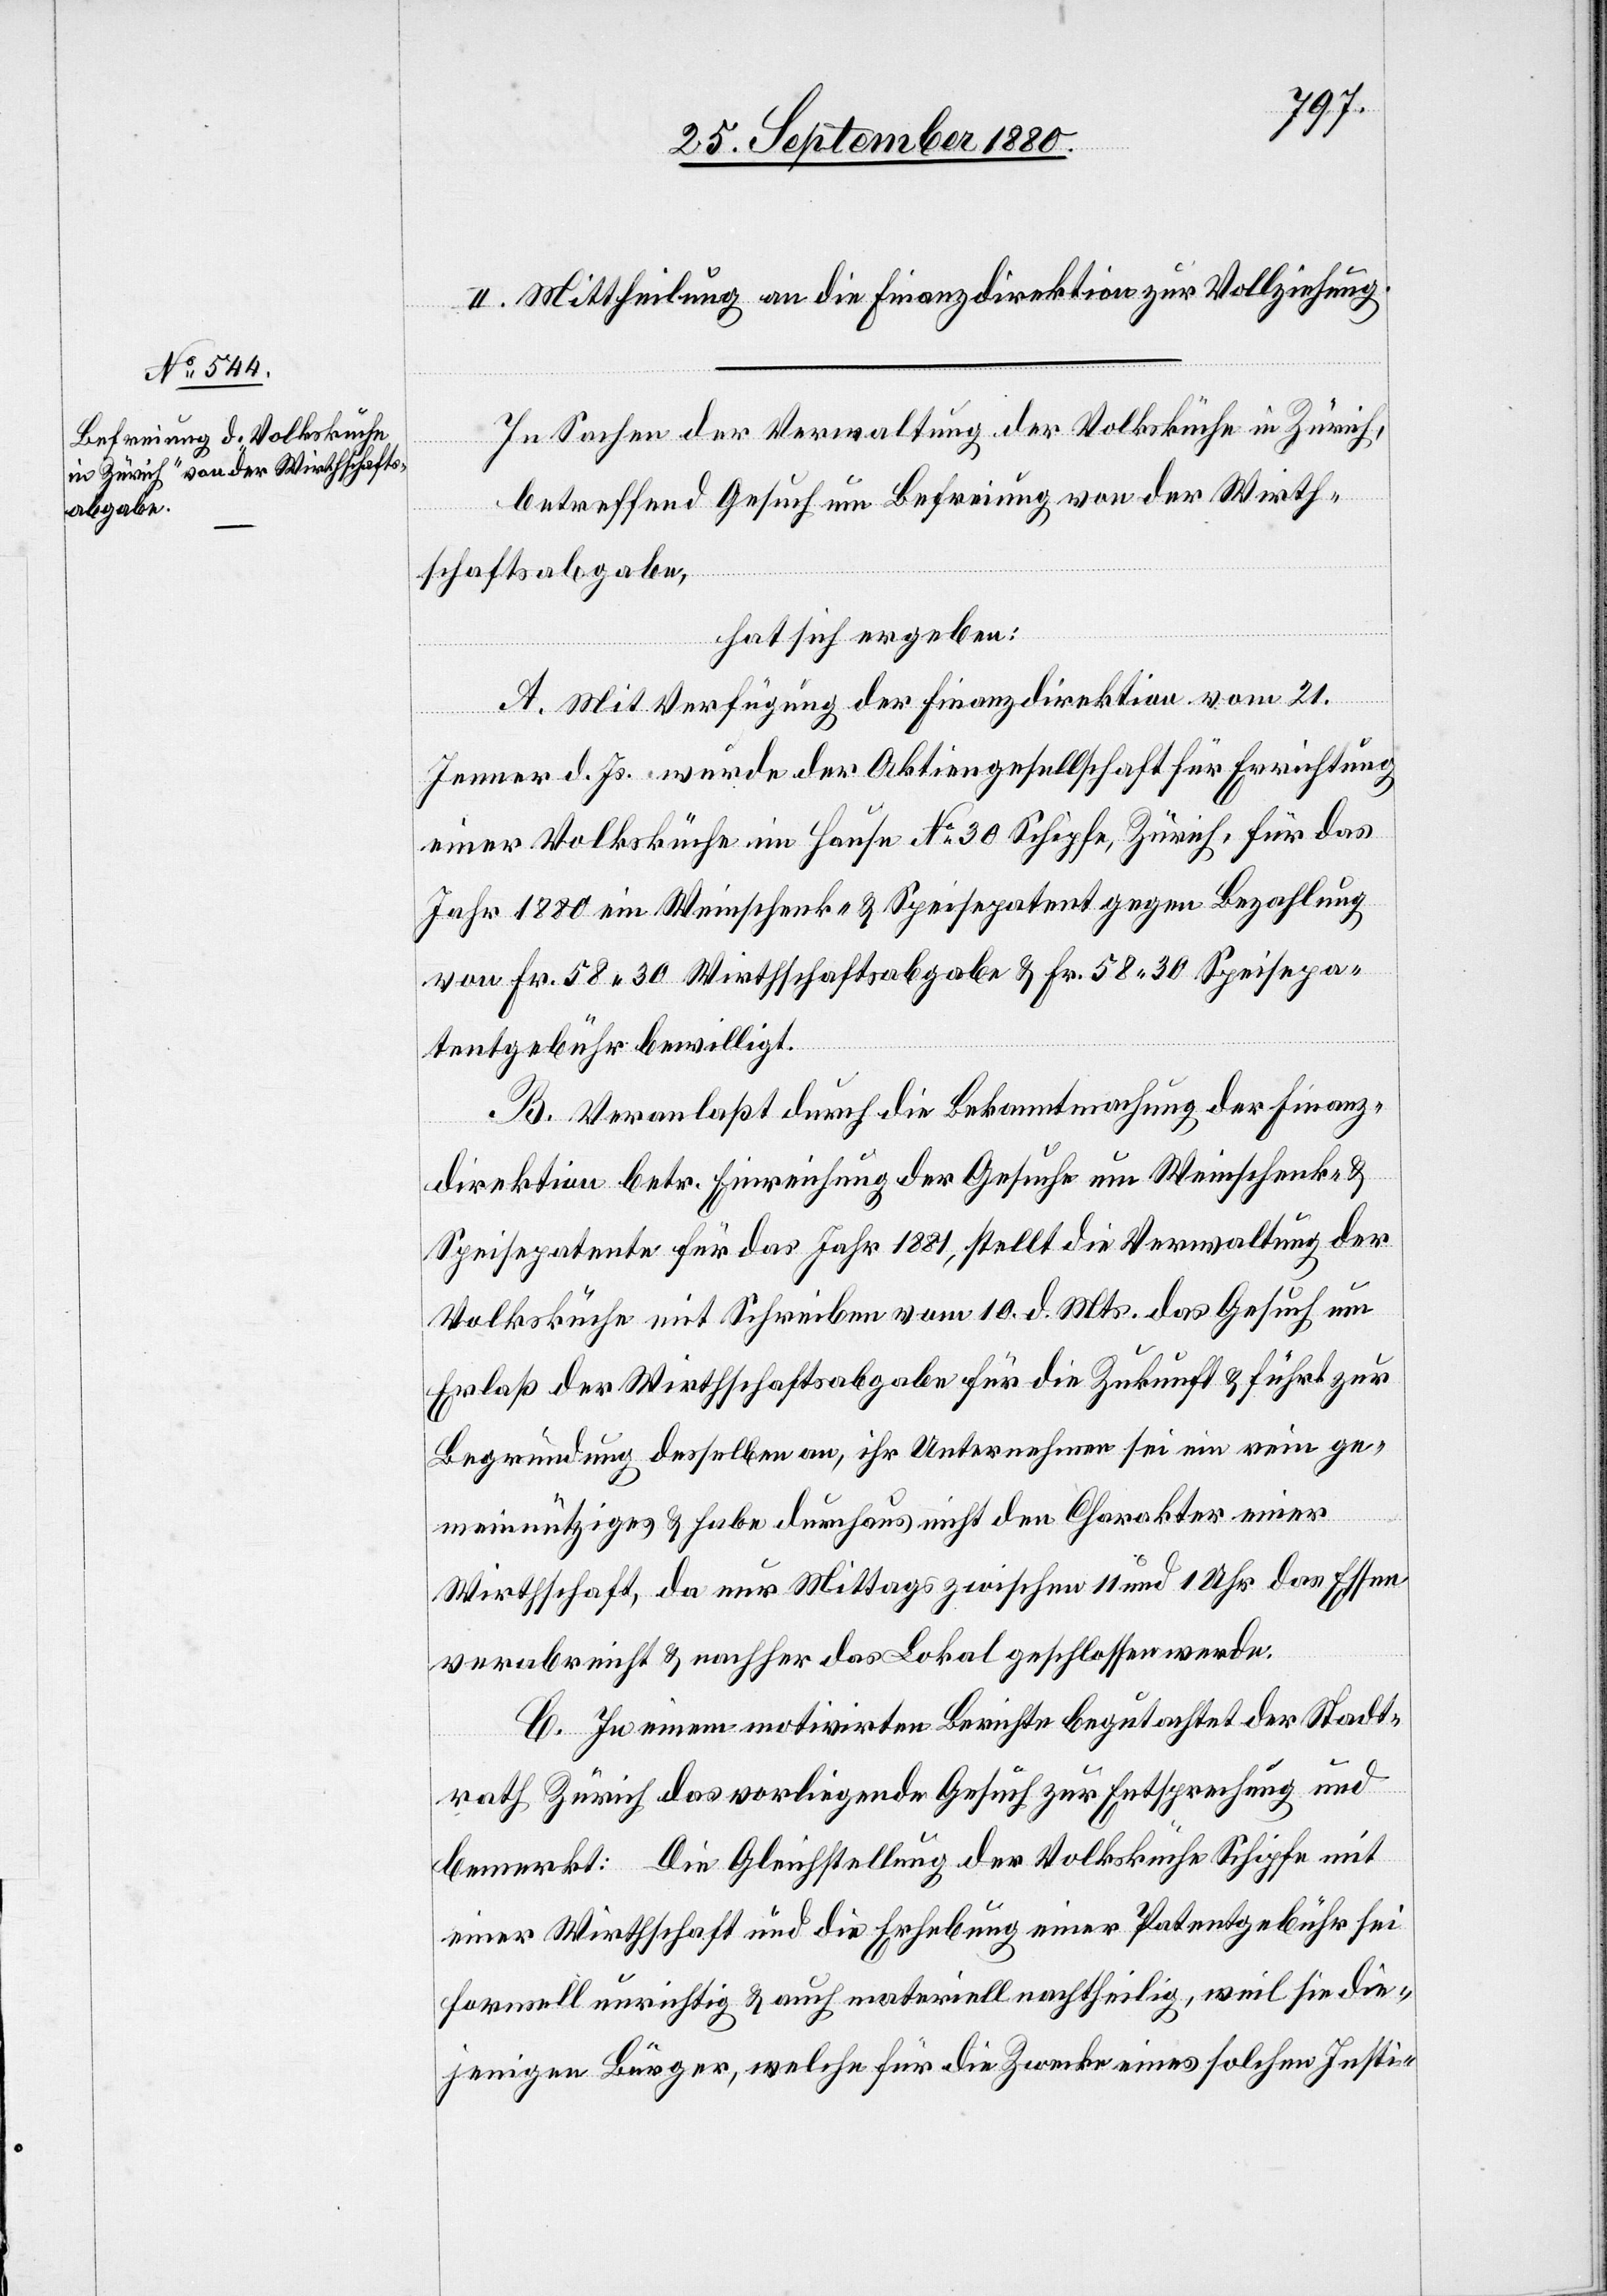
II. Mittheilung an die Finanzdirektion zur Vollziehung.
In Sachen der Verwaltung der Volksküche in Zürich,
betreffend Gesuch um Befreiung von der Wirth¬
schaftsabgabe,
hat sich ergeben:
A. Mit Verfügung der Finanzdirektion vom 21.
Jenner d. Js. wurde der Aktiengesellschaft für Errichtung
einer Volksküche im Hause No 30 Schipfe, Zürich, für das
Jahr 1880 ein Weinschenk- & Speisepatent gegen Bezahlung
von Fr. 58 30 Wirthschaftsabgabe & Fr. 58 30 Speisepa¬
tentgebühr bewilligt.
B. Veranlaßt durch die Bekanntmachung der Finanz¬
direktion betr. Einreichung der Gesuche um Weinschenk- &
Speisepatente für das Jahr 1881, stellt die Verwaltung der
Volksküche mit Schreiben vom 10. d. Mts. das Gesuch um
Erlaß der Wirthschaftsabgabe für die Zukunft & führt zur
Begründung desselben an, ihr Unternehmen sei ein rein ge¬
meinnütziges & habe durchaus nicht den Charakter einer
Wirthschaft, da nur Mittags zwischen 11 und 1 Uhr das Essen
verabreicht & nachher das Lokal geschlossen werde.
C. In einem motivirten Berichte begutachtet der Stadt¬
rath Zürich das vorliegende Gesuch zur Entsprechung und
bemerkt: Die Gleichstellung der Volksküche Schipfe mit
einer Wirthschaft und die Erhebung einer Patentgebühr sei
formell unrichtig & auch materiell nachtheilig, weil sie die¬
jenigen Bürger, welche für die Zwecke eines solchen Insti-